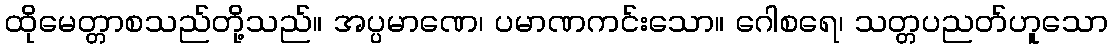
ထိုမေတ္တာစသည်တို့သည်။ အပ္ပမာဏေ၊ ပမာဏကင်းသော။ ဂေါစရေ၊ သတ္တပညတ်ဟူသော